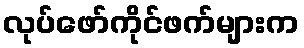
လုပ်ဖော်ကိုင်ဖက်များက